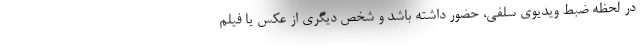
در لحظه ضبط ویدیوی سلفی، حضور داشته باشد و شخص دیگری از عکس یا فیلم